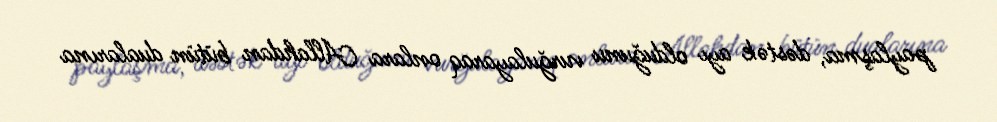
paylaşma, dəstək ayı olduğunu vurğulayaraq onlara Allahdan bütün dualarına